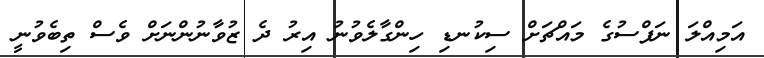
އަމިއްލަ ނަފްސުގެ މައްޗަށް ސިކުނޑި ހިންގާލެވުނު އިރު ދެ ޒުވާނުންނަށް ވެސް ތިބެވުނީ